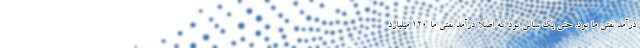
درآمد نفتی ما بود. حتی یک سالی بود که اصلاً درآمد نفتی ما 120 میلیارد